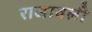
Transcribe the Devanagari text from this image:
राजावली